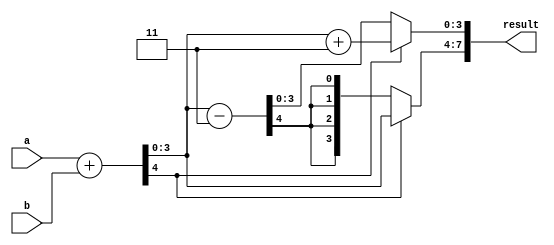
module adding_using_xs3(input[3:0]a,b ,output reg[7:0]result);
wire c;
  reg [3:0]result1;
  assign {c,result1}=a+b;
  always @(*)
begin
  if (c==1'b0) begin
result = result1-4'b0011;
  end
    else begin
      result[3:0] = result1+4'b0011;
      result[7:4]=result1;

    end
  end
endmodule